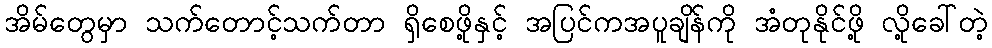
အိမ်တွေမှာ သက်တောင့်သက်တာ ရှိစေဖို့နှင့် အပြင်ကအပူချိန်ကို အံတုနိုင်ဖို့ လို့ခေါ်တဲ့